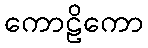
ကောဠိကော